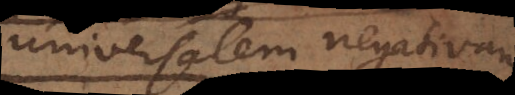
universalem negativam